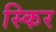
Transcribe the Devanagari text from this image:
स्किर